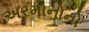
અરમાનોનો